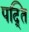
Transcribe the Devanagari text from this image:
पद्ति